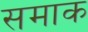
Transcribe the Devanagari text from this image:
समाक